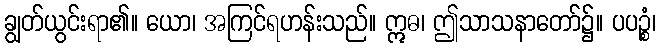
ချွတ်ယွင်းရာ၏။ ယော၊ အကြင်ရဟန်းသည်။ ဣဓ၊ ဤသာသနာတော်၌။ ပပဉ္စံ၊